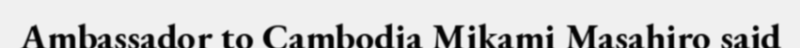
Ambassador to Cambodia Mikami Masahiro said